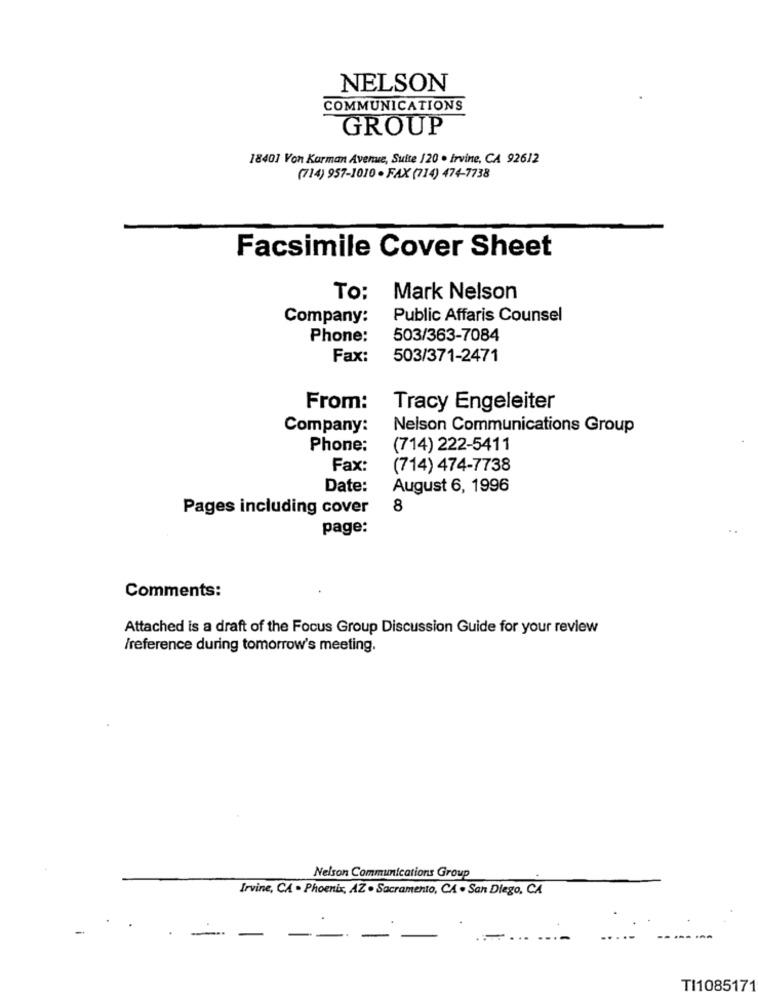
NELSON
COMMUNICATIONS
GROUP
18401 Von Karman Avenue, Suite /20 . Irvine, CA 92612
(714) 957-1010 - FAX (714) 474-7738
Facsimile Cover Sheet
To:
Mark Nelson
Company:
Public Affaris Counsel
Phone:
503/363-7084
Fax:
503/371-2471
From:
Tracy Engeleiter
Company:
Nelson Communications Group
Phone:
(714) 222-5411
Fax:
(714) 474-7738
Date:
August 6, 1996
Pages including cover
8
page:
Comments:
Attached is a draft of the Focus Group Discussion Guide for your review
/reference during tomorrow's meeting.
Nelson Communications Group
Irvine, CA . Phoenix, AZ . Sacramento, CA . San Diego, CA
TI1085171